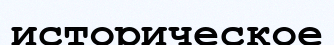
историческое